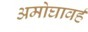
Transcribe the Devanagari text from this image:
अमोघावर्ह